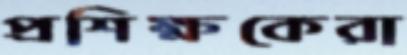
প্রশিক্ষকেরা